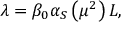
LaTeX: \lambda = \beta _ { 0 } \alpha _ { S } \left( \mu ^ { 2 } \right) L ,